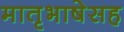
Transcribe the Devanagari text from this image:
मातृभाषेसह